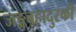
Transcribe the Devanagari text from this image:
जङ्गबहादुरकी